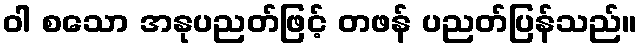
ဝါ စသော အနုပညတ်ဖြင့် တဖန် ပညတ်ပြန်သည်။